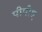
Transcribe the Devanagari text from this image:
पीपीए